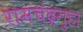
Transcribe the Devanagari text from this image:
रामचंद्रगुहा